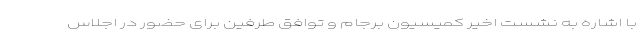
با اشاره به نشست اخیر کمیسیون برجام و توافق طرفین برای حضور در اجلاس